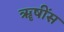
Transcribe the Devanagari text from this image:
ॠषींस